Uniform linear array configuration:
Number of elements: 8
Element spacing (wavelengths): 1
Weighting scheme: hamming
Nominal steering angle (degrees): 0
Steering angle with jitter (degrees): -1.094
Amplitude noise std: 0.05
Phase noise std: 0.05

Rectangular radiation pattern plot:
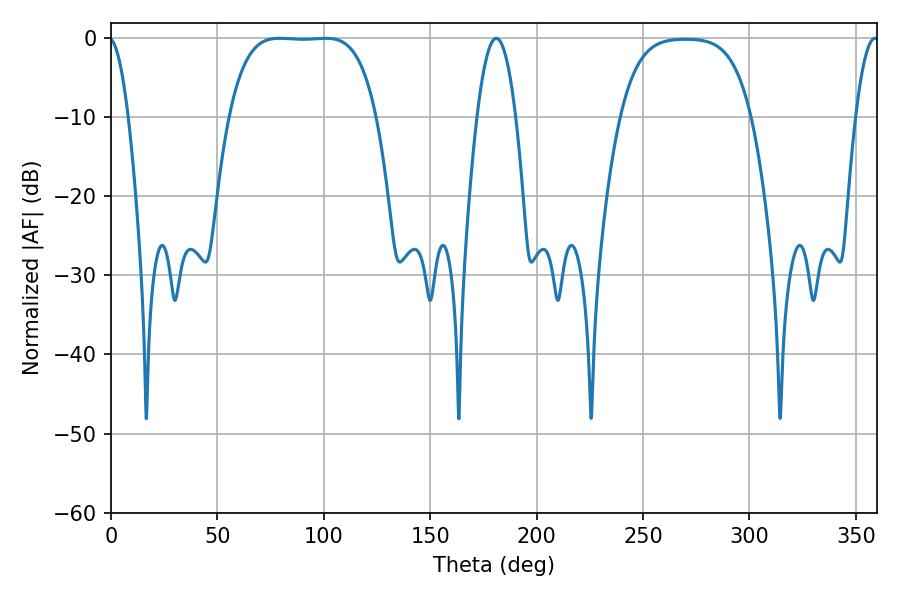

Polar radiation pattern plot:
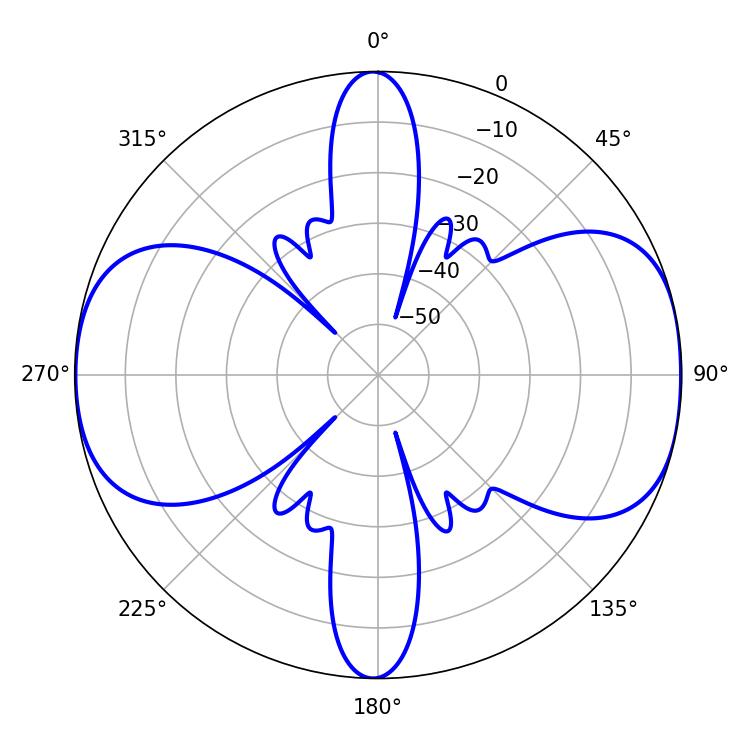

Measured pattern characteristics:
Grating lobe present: TRUE
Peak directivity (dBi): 10.677
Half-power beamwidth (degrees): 53.28
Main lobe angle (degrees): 79.02